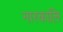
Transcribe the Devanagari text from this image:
नारकालि